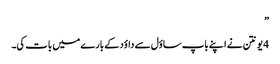
”
4 یونتن نے اپنے باپ ساؤل سے داؤد کے بارے میں بات کی۔